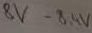
Text: 8V-8,4V